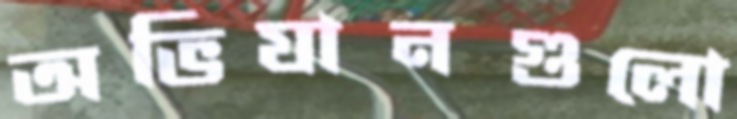
অভিযানগুলো